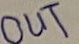
Text: OUT